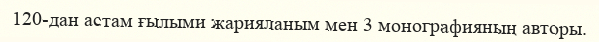
120-дан астам ғылыми жарияланым мен 3 монографияның авторы.